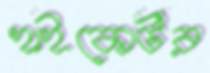
হাইকোর্টর